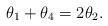
LaTeX: \begin{align*}\theta_1 + \theta_4 = 2\theta_2.\end{align*}